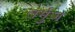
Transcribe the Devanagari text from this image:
तर्मुज